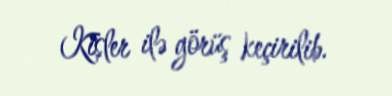
Kisler ilə görüş keçirilib.